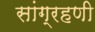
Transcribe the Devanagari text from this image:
सांग्रहणी